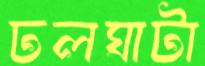
ঢলঘাটা